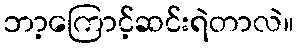
ဘာ့ကြောင့်ဆင်းရဲတာလဲ။